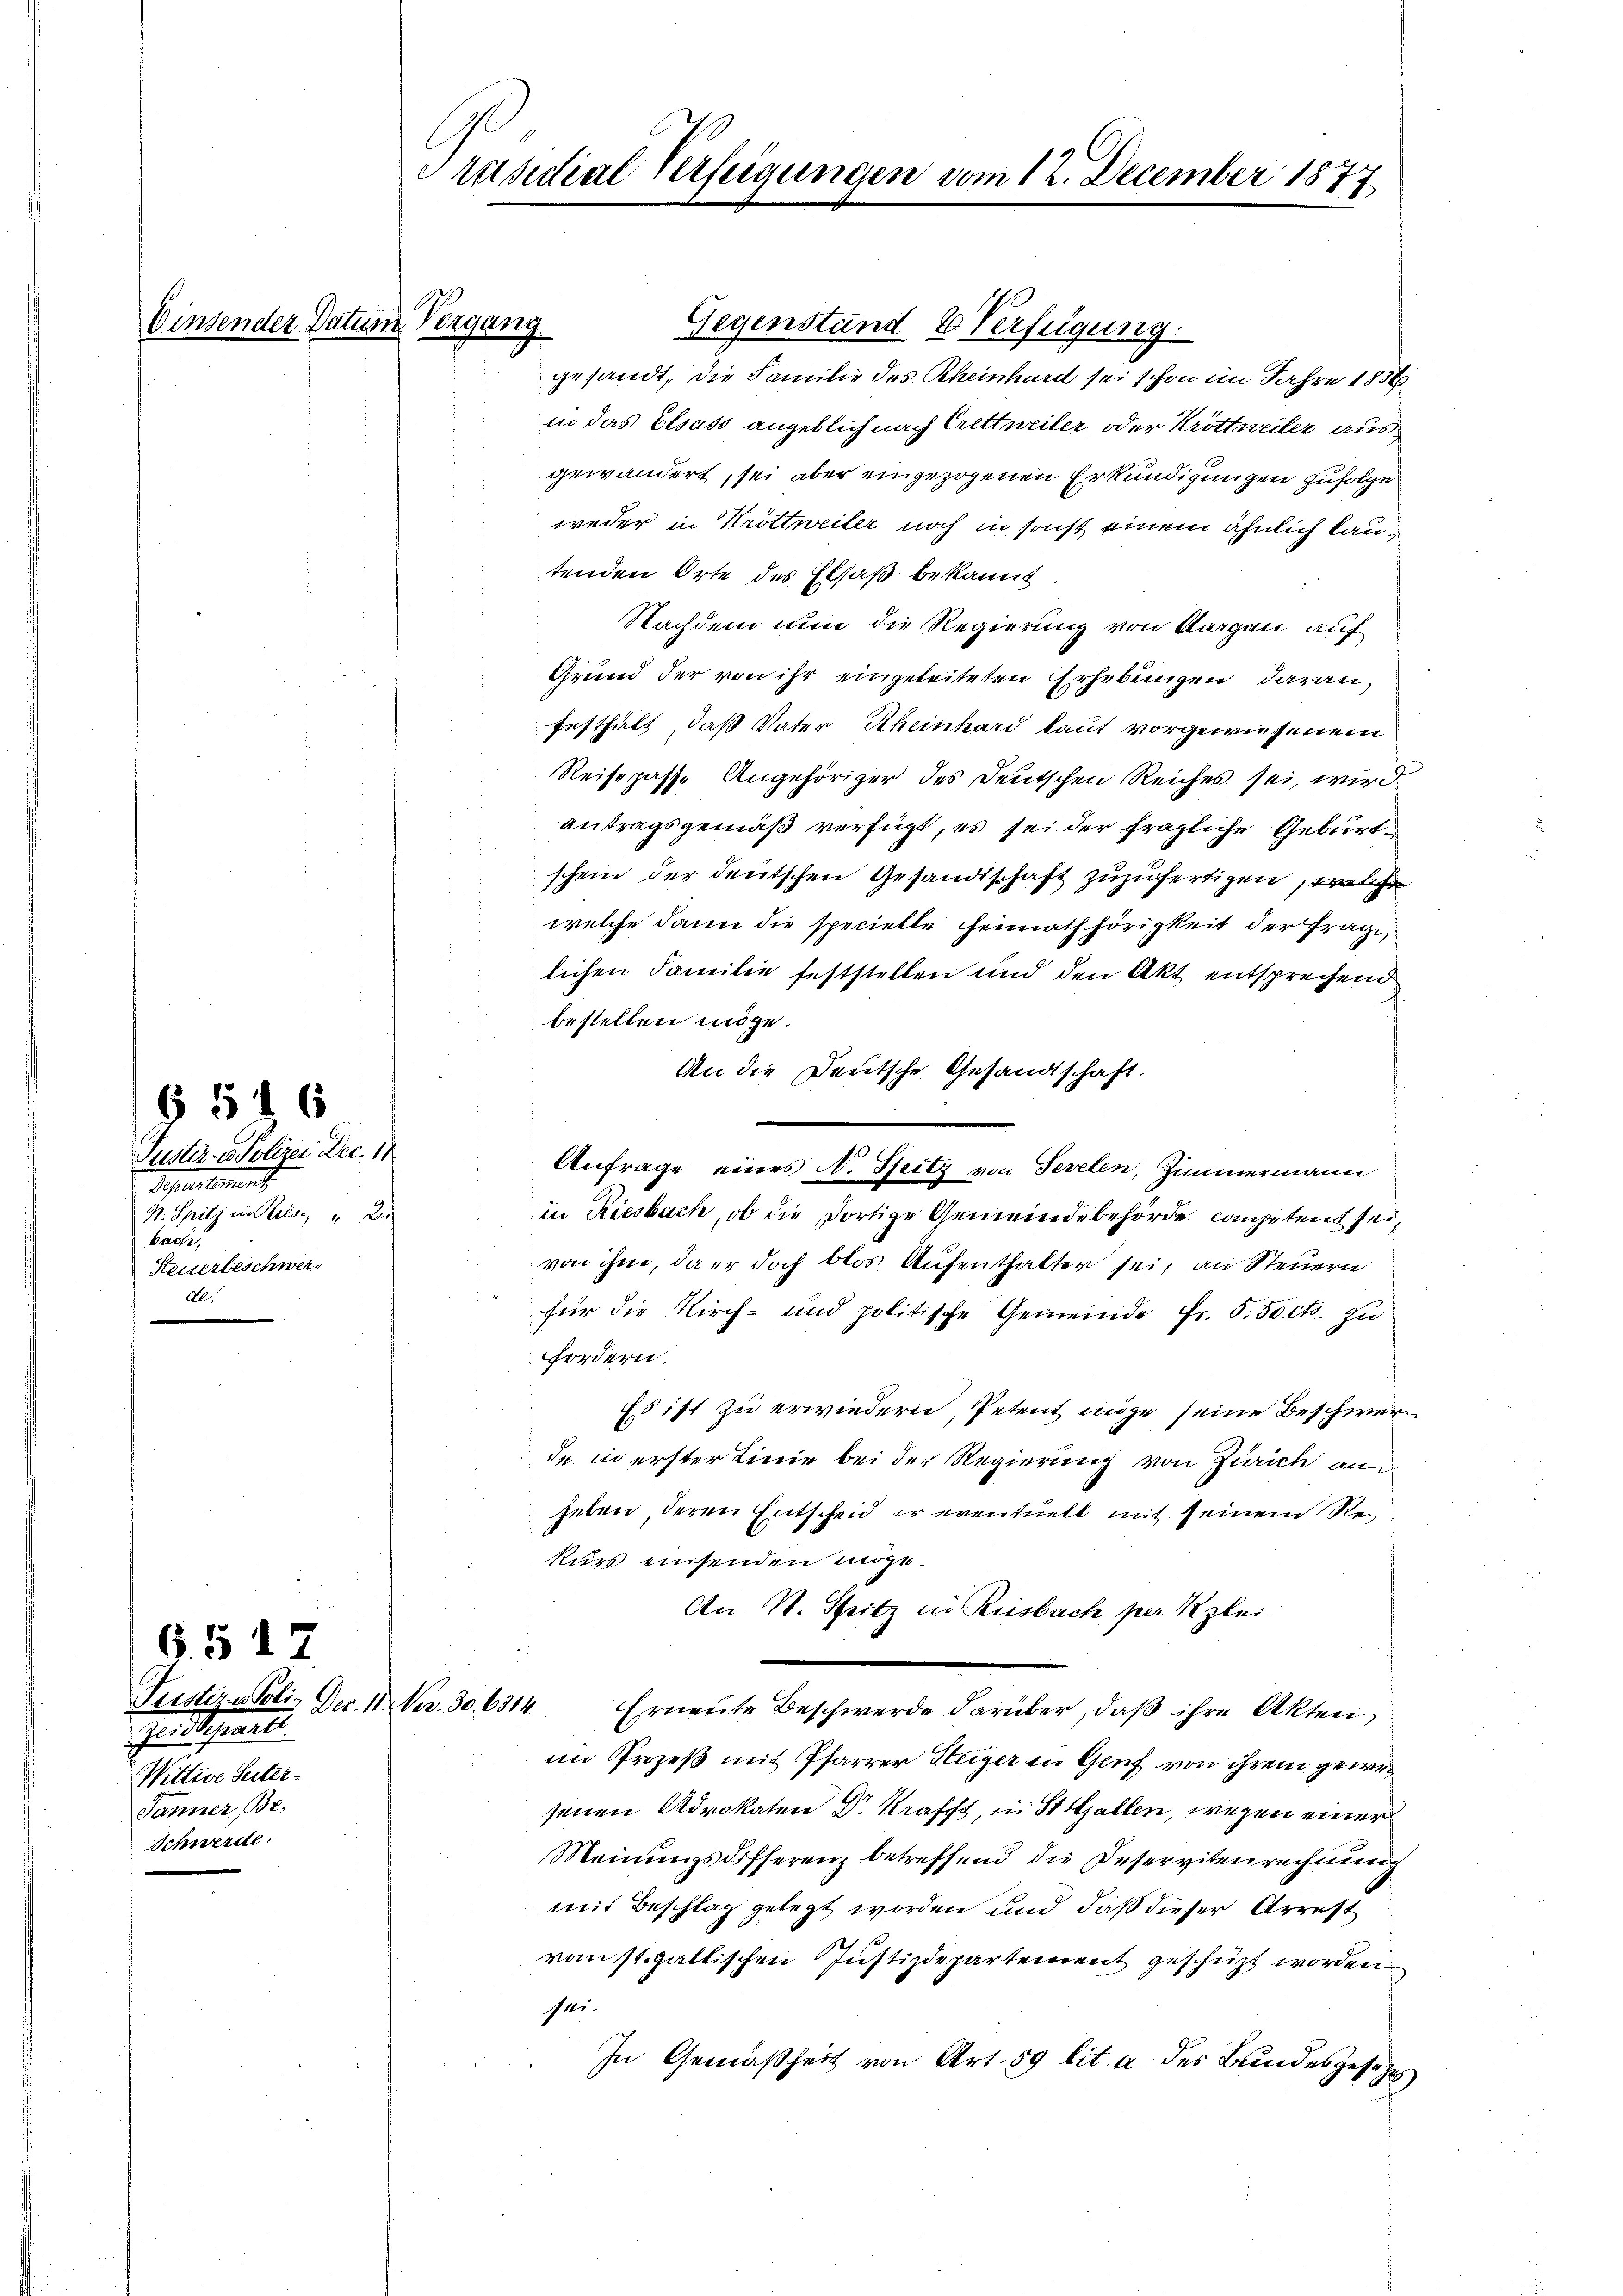
Einsender Datum Vergang

Puster - Polizei Dec. 11
Departement
N. Spitz in Ries: " 2
bache,
Heiterbeschwer
de.

6516

6. 517
Justiz - Poli. Dec. 18. Nr. 30. 6314.
Zeudigentl
Wittwe Seiter¬
Jänner, Be-
Schwerde.

Präsidial-Verfügungen vom 12. December 1877

Gegenstand & Verfügung.
gesandt, die Familie des Rheinhard sei schon im Jahre 1836
in das Elsass angeblich nach Crettneiler, oder Krottweiler aus
gewändert, sei aber eingezogenen Erkundigungen zufolge
weder in Krottweiler noch in sonst einem ähnlich lautenden Orte des Elsaß bekannt
Nachdem nun die Regierung von Aargau auf
Grund der von ihr eingeleiteten Erhebungen daran
festhalt, daß Vater Rheinhard laut vorgewiesenem
Reisepasse Angehöriger des Deutschen Reiches sei, wird
antragsgemäß verfügt, es sei der fragliche Geburt
schein der deutschen Gesandtschaft zuzufertigen, welche
welche dann die specielle Heimath hörigkeit der Frage,
lichen Familie feststellen und den Akt entsprechend
bestellen möge.
An die Deutsche Gesandtschaft.
Anfrage eines N. Spitz von Tevelen, Zimmermann
in Riesbach, ob die dortige Gemeindebehörde competent seivon ihm, da er doch blos Aufenthalter sei, an Steuern
für die Kirch- und politische Gemeinde Fr. 5.50 cts. zufordern.
Es ist zu erwiedern, Petent möge seine Beschwere
de in erster Linie bei der Regierung von Zürich an
heben, deren Entscheid er eventuell mit seinem Rekurs einsenden möge.
An N. Seitz in Riesbach per Klei¬
Erneute Beschwerde darüber, daß ihre Akten
im Prozeß mit Pfarrer Steiger in Genf von ihrem gewesenen Advokaten Dr Krafft, in St. Gallen, wegen einer
Meinungsdifferenz betreffend die Deservitenrechnung
mit Beschlag gelegt worden und daß dieser Arrest
vom st. galtischen Justizdepartement geschüzt worden
111.
In Gemäßheit von Art. 59 lit. a des Bundesgesezes